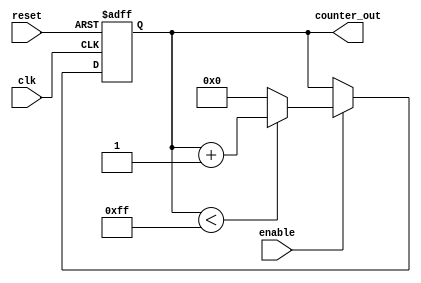
module up_counter #(
    parameter WIDTH = 8,           // Width of the counter (number of bits)
    parameter INITIAL_VALUE = 0,   // Initial value of the counter
    parameter MAX_VALUE = 255       // Maximum value of the counter
)(
    input wire clk,                // Clock input
    input wire reset,              // Asynchronous reset input
    input wire enable,             // Enable input
    output reg [WIDTH-1:0] counter_out // Counter output
);

    // Always block for synchronous logic
    always @(posedge clk or posedge reset) begin
        if (reset) begin
            // Reset the counter to the initial value
            counter_out <= INITIAL_VALUE;
        end else if (enable) begin
            // Increment the counter if enabled
            if (counter_out < MAX_VALUE) begin
                counter_out <= counter_out + 1;
            end else begin
                // Optionally wrap around or hold at max value
                counter_out <= INITIAL_VALUE; // Wrap around to initial value
                // Uncomment the line below to hold at max value instead
                // counter_out <= MAX_VALUE; // Hold at max value
            end
        end
    end

endmodule